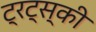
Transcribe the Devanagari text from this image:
ट्रट्स्की